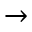
\rightarrow